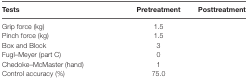
<table><thead><tr><td><b>Tests</b></td><td><b>Pretreatment</b></td><td><b>Posttreatment</b></td></tr></thead><tbody><tr><td>Grip force (kg)</td><td>1.5</td><td>[EMPTY_CELL]</td></tr><tr><td>Pinch force (kg)</td><td>1.5</td><td>[EMPTY_CELL]</td></tr><tr><td>Box and Block</td><td>3</td><td>[EMPTY_CELL]</td></tr><tr><td>Fugl–Meyer (part C)</td><td>0</td><td>[EMPTY_CELL]</td></tr><tr><td>Chedoke–McMaster (hand)</td><td>1</td><td>[EMPTY_CELL]</td></tr><tr><td>Control accuracy (%)</td><td>75.0</td><td>[EMPTY_CELL]</td></tr></tbody></table>